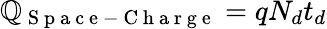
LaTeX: \mathbb{Q}_{\mathrm{{~S~p~a~c~e~-~C~h~a~r~g~e~}}}=qN_{d}t_{d}